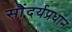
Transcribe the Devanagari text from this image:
सौंदर्यप्रधान